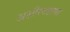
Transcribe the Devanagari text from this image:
अशीरगडाचा